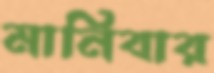
মানিবার